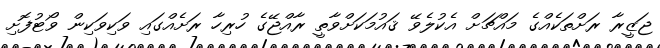
ޖަޒީރާ ރަށްތަކެއްގެ މައްޗަށް އެކުލެވޭ ޤައުމަކަށްވާތީ ރާއްޖޭގެ ހުރިހާ ރަށެއްގައި ވަކިވަކިން ވޯޓުފޮށި